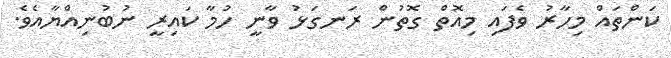
ކަންތައް މިހާރު ވެފައި މިއޮތް ގޮތުން ރަނގަޅު ވާނީ ހުމާ ކައިރީ ނުބުނިއްޔާއެވެ.